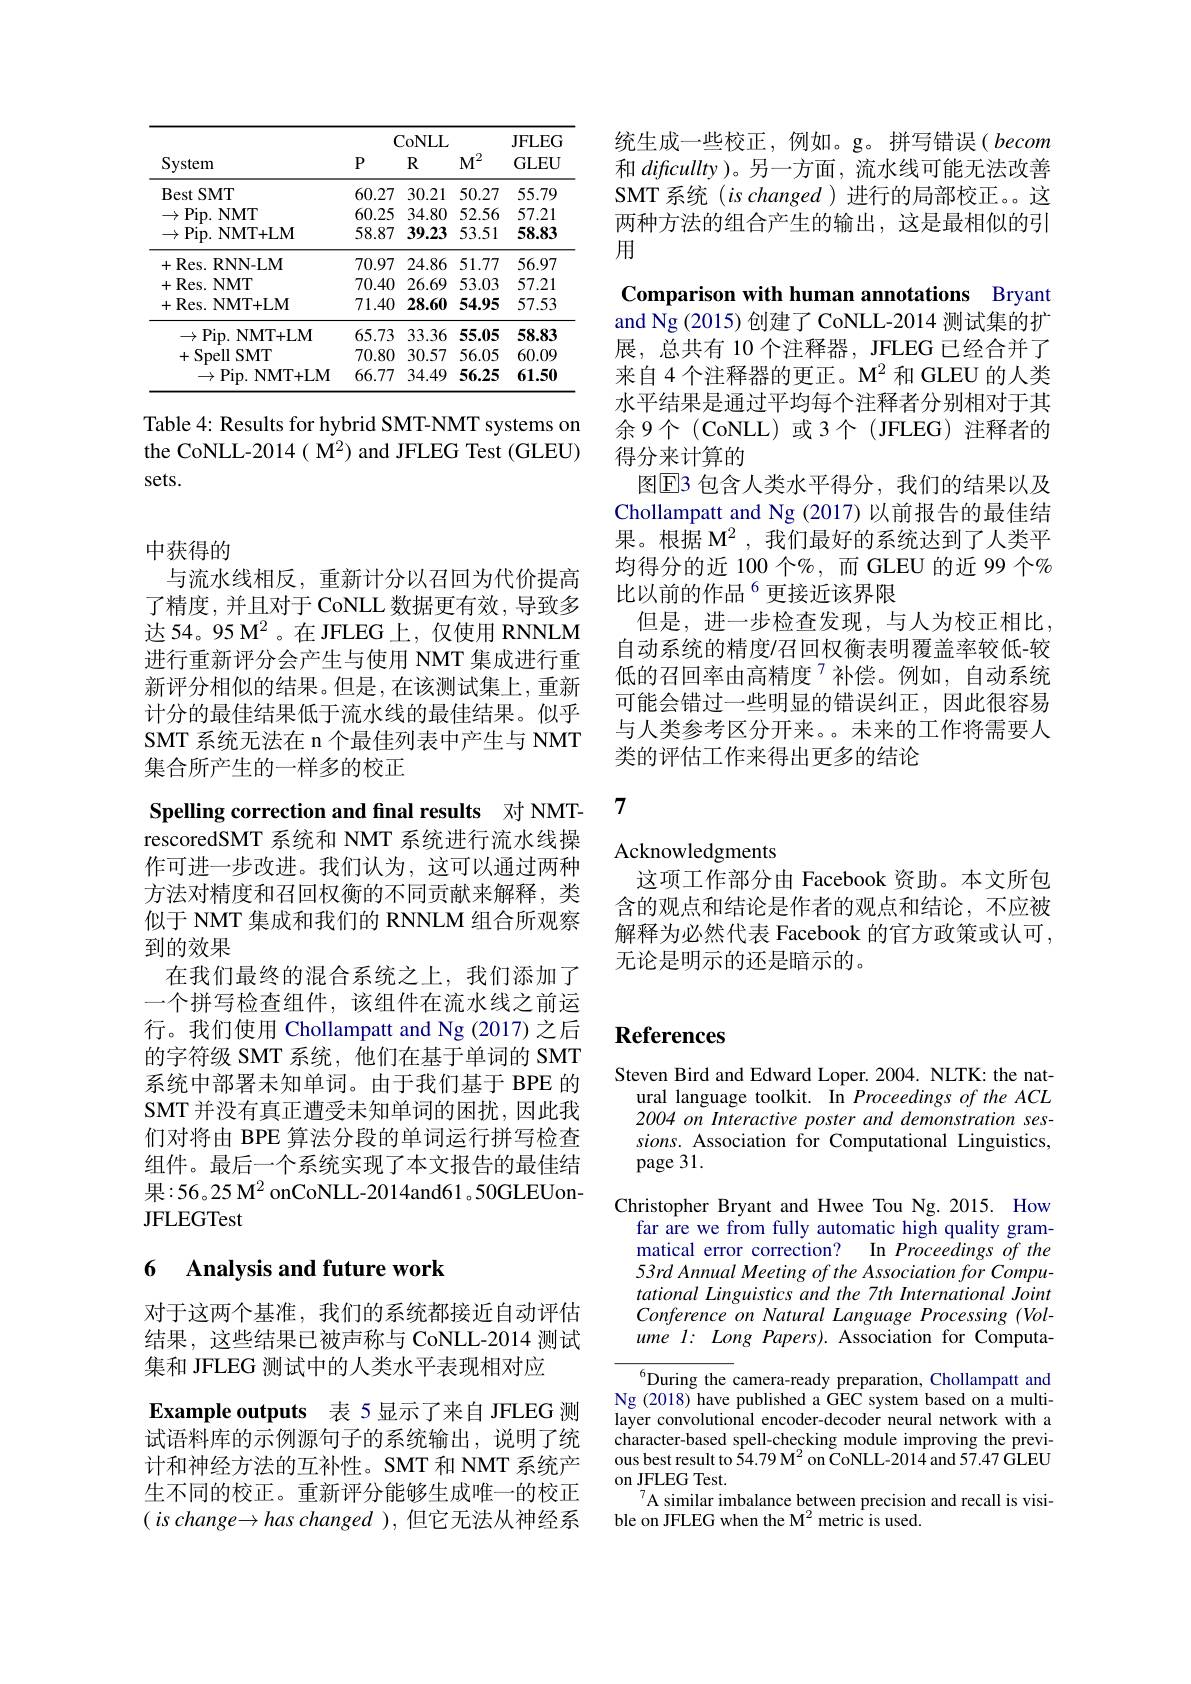
<table>
	<tbody>
		<tr>
			<th>System</th>
			<th>$P$</th>
			<th>CoNLL $R$</th>
			<th>$M^{2}$</th>
			<th>JFLEG GLEU</th>
		</tr>
		<tr>
			<td>Best SMT</td>
			<td>60.27</td>
			<td>30.21</td>
			<td>50.27</td>
			<td>55.79</td>
		</tr>
		<tr>
			<td>$\rightarrow$Pip. NMT</td>
			<td>60.25</td>
			<td>34.80</td>
			<td>52.56</td>
			<td>57.21</td>
		</tr>
		<tr>
			<td>Pip. NMT+ LM $\rightarrow$</td>
			<td>58.87</td>
			<td>39.23</td>
			<td>53.51</td>
			<td>58.83</td>
		</tr>
		<tr>
			<td>+Res. RNN-LM</td>
			<td>70.97</td>
			<td>24.86</td>
			<td>51.77</td>
			<td>56.97</td>
		</tr>
		<tr>
			<td>+Res. NMT</td>
			<td>70.40</td>
			<td>26.69</td>
			<td>53.03</td>
			<td>57.21</td>
		</tr>
		<tr>
			<td>+Res. NMT+LM</td>
			<td>71.40</td>
			<td>28.60</td>
			<td>54.95</td>
			<td>57.53</td>
		</tr>
		<tr>
			<td>$\to$Pip. NMT+LM</td>
			<td>65.73</td>
			<td>33.36</td>
			<td>55.05</td>
			<td>58.83</td>
		</tr>
		<tr>
			<td>+Spell SMT</td>
			<td>70.80</td>
			<td>30.57</td>
			<td>56.05</td>
			<td>60.09</td>
		</tr>
		<tr>
			<td>$\rightarrow$Pip. NMT+LM</td>
			<td>66.77</td>
			<td>34.49</td>
			<td>56.25</td>
			<td>61.50</td>
		</tr>
	</tbody>
</table>

Table 4: Results for hybrid SMT-NMT systems on the CoNLL-2014( M$^{2}$)and JFLEG Test(GLEU) sets.

# 中获得的

与流水线相反，重新计分以召回为代价提高了精度，并且对于CoNLL 数据更有效，导致多达54。95 M$^{2}$。在 JFLEG 上，仅使用 RNNLM 进行重新评分会产生与使用 NMT 集成进行重新评分相似的结果。但是，在该测试集上，重新计分的最佳结果低于流水线的最佳结果。似乎SMT 系统无法在 n 个最佳列表中产生与 NMT 集合所产生的一样多的校正

Spelling correction and final results 对 NMTrescoredSMT 系统和 NMT 系统进行流水线操作可进一步改进。我们认为，这可以通过两种方法对精度和召回权衡的不同贡献来解释，类似于 NMT 集成和我们的 RNNLM 组合所观察到的效果
在我们最终的混合系统之上，我们添加了一个拼写检查组件，该组件在流水线之前运行。我们使用 Chollampatt and Ng (2017)之后的字符级 SMT 系统，他们在基于单词的 SMT 系统中部署未知单词。由于我们基于 BPE 的SMT 并没有真正遭受未知单词的困扰，因此我们对将由 BPE 算法分段的单词运行拼写检查组件。最后一个系统实现了本文报告的最佳结果：56。25 M$^{2}$ onCoNLL-2014and61。50GLEUonJFLEGTest

## 6 Analysis and future work

对于这两个基准，我们的系统都接近自动评估结果，这些结果已被声称与 CoNLL-2014 测试集和 JFLEG 测试中的人类水平表现相对应
Example outputs 表 5 显示了来自 JFLEG 测试语料库的示例源句子的系统输出，说明了统计和神经方法的互补性。SMT 和 NMT 系统产生不同的校正。重新评分能够生成唯一的校正$( \textit{ is change}\to has\textit{changed }) $,但它无法从神经系

统生成一些校正，例如。g。拼写错误( becom 和dificullty)。另一方面，流水线可能无法改善SMT 系统 ( is changed ) 进行的局部校正。这两种方法的组合产生的输出，这是最相似的引用

Comparison with human annotations Bryant and Ng (2015) 创建了 CoNLL-2014 测试集的扩展，总共有 10 个注释器，JFLEG 已经合并了来自 4 个注释器的更正。M$^2$和 GLEU 的人类水平结果是通过平均每个注释者分别相对于其余9个(CoNLL)或3个(JFLEG)注释者的得分来计算的
图$\overline{\mathrm{E}}$3 包含人类水平得分，我们的结果以及Chollampatt and Ng (2017) 以前报告的最佳结果。根据 M$^2$,我们最好的系统达到了人类平均得分的近 100 个%,而 GLEU 的近 99 个% 比以前的作品$^{6}$更接近该界限
但是，进一步检查发现，与人为校正相比， 自动系统的精度/召回权衡表明覆盖率较低-较低的召回率由高精度$^{7}$补偿。例如，自动系统可能会错过一些明显的错误纠正，因此很容易与人类参考区分开来。未来的工作将需要人类的评估工作来得出更多的结论

7

Acknowledgments
这项工作部分由 Facebook 资助。本文所包含的观点和结论是作者的观点和结论，不应被解释为必然代表 Facebook 的官方政策或认可， 无论是明示的还是暗示的。

# References

Steven Bird and Edward Loper. 2004. NLTK: the nat-
ural language toolkit. In Proceedings of the ACL 2004 on Interactive poster and demonstration sessions. Association for Computational Linguistics, page 31.
Christopher Bryant and Hwee Tou Ng.2015. How
far are we from fully automatic high quality grammatical error correction? In Proceedings of the 53rd Annual Meeting of the Association for Computational Linguistics and the 7th International Joint Conference on Natural Language Processing (Vol- $ume~l:~Long~Papers).~Association~for~Computa-$ $^{6}$During the camera-ready preparation, Chollampatt and
Ng (2018) have published a GEC system based on a multilayer convolutional encoder-decoder neural network with a character-based spell-checking module improving the previous best result to $\dot{5} 4. 79$ $M^{2}$ on $\dot{\text{CoNLL- 2014 and 57. 47 GLEU}}$ on JFLEG Test.
A similar imbalance between precision and recall is visi-
ble on JFLEG when the M$^{2}$ metric is used.